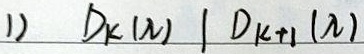
1) \(D_{k}(\lambda)\mid D_{k + 1}(\lambda)\)